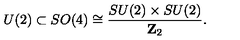
U ( 2 ) \subset S O ( 4 ) \cong { \frac { S U ( 2 ) \times S U ( 2 ) } { { \bf Z } _ { 2 } } } .